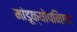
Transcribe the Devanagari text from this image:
मांडूक्योपनिषद